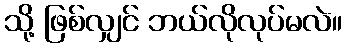
သို့ ဖြစ်လျှင် ဘယ်လိုလုပ်မလဲ။